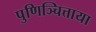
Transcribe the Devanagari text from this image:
पुणिञ्चित्ताया